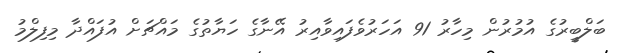
ބަލްބީރުގެ އުމުރުން މިހާރު 91 އަހަރުވެފައިވާއިރު އޭނާގެ ހަޔާތުގެ މައްޗަށް އުފައްދާ މިފިލްމު